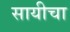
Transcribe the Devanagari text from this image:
सायीचा